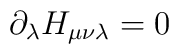
\partial_{\lambda} H_{\mu \nu \lambda} = 0